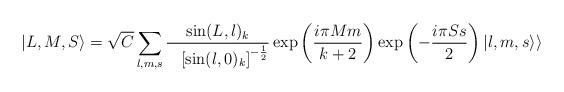
LaTeX: \begin{align*}|L,M,S\rangle = \sqrt{C}\sum_{l,m,s} {{\sin(L,l)_k} \over{~~\left[\sin(l,0)_k\right]^{- {1\over2}} }}\exp\left({{i\pi Mm}\over{k+2}}\right) \exp\left(- {i \pi Ss \over 2}\right) |l,m,s\rangle\rangle\end{align*}